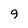
Character: 9